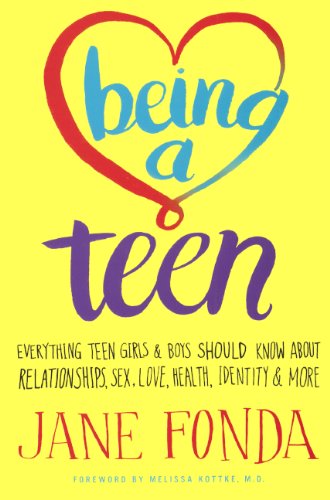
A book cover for Being A Teen: Everything Teen Girls & Boys Should Know About Relationships, Sex, Love, Healthy, Identity & More (Turtleback School & Library Binding Edition); Jane Fonda; Teen & Young Adult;